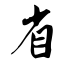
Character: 省